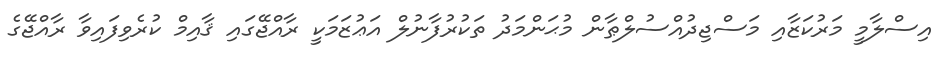
އިސްލާމީ މަރުކަޒާއި މަސްޖިދުއްސުލްޠާން މުޙަންމަދު ތަކުރުފާނުލް އަޢުޒަމަކީ ރާއްޖޭގައި ޤާއިމް ކުރެވިފައިވާ ރާއްޖޭގެ